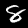
Label: 8